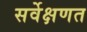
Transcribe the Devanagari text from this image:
सर्वेक्षणत